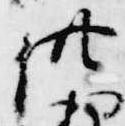
供